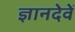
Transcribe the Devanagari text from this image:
ज्ञानदेवें